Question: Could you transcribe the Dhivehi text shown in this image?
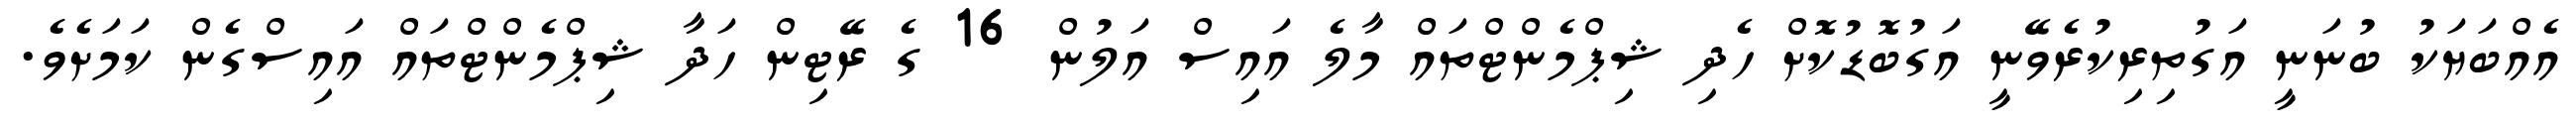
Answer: އެއްބަޔަކު ބުނަނީ އަގުތިރިކުރެވޭނީ އަގުބޮޑުކޮށް ހެދި ޝިޕްމެންޓްތައް މާލެ އައިސް އަލުން 16 ގެ ރޭޓިން ހަދާ ޝިޕްމެންޓްތައް އައިސްގެން ކަމަށެވެ.